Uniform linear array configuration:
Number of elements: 8
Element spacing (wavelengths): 0.75
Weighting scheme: binomial
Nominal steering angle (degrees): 30
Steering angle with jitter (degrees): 31.79
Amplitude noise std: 0.05
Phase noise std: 0.05

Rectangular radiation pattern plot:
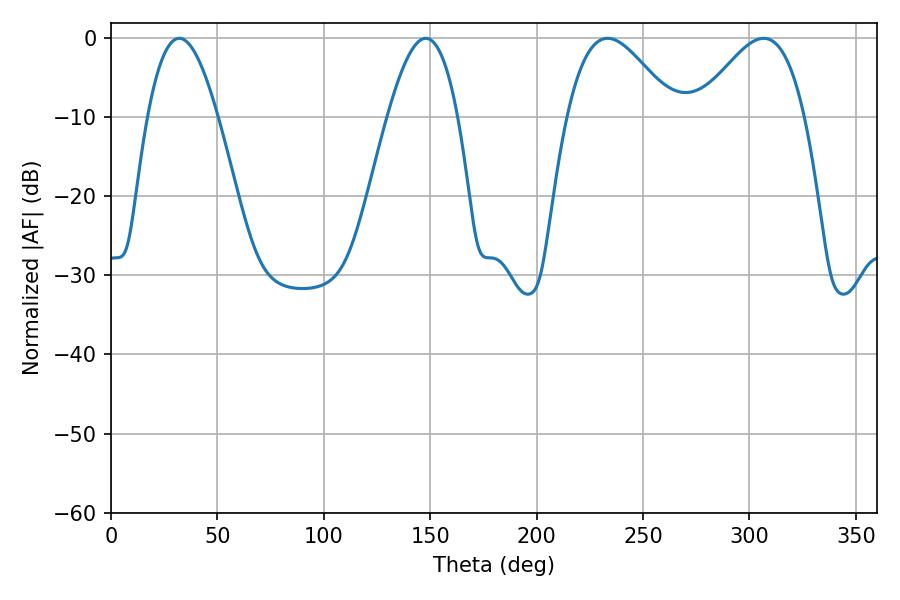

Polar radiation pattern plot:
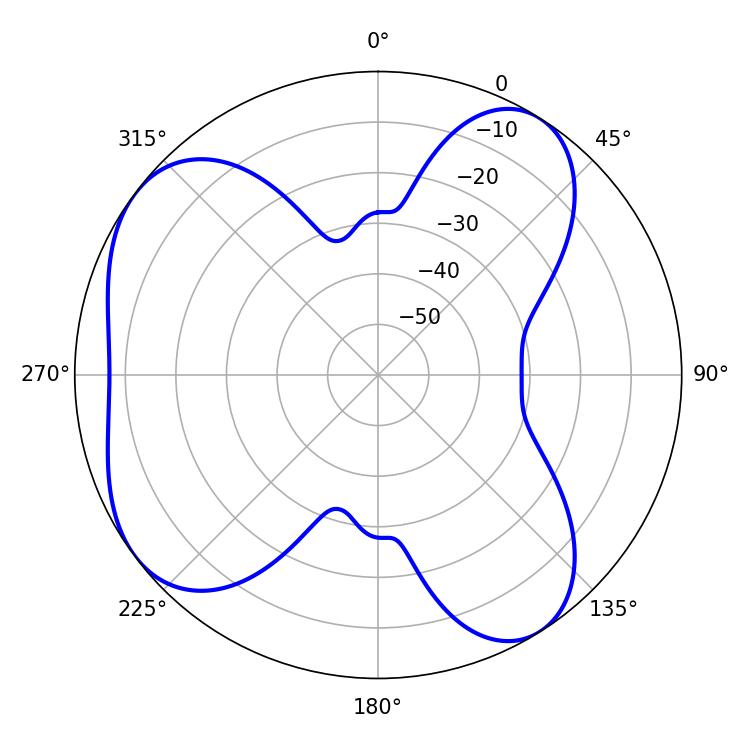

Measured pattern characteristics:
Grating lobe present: TRUE
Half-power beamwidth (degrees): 27
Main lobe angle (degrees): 233.28